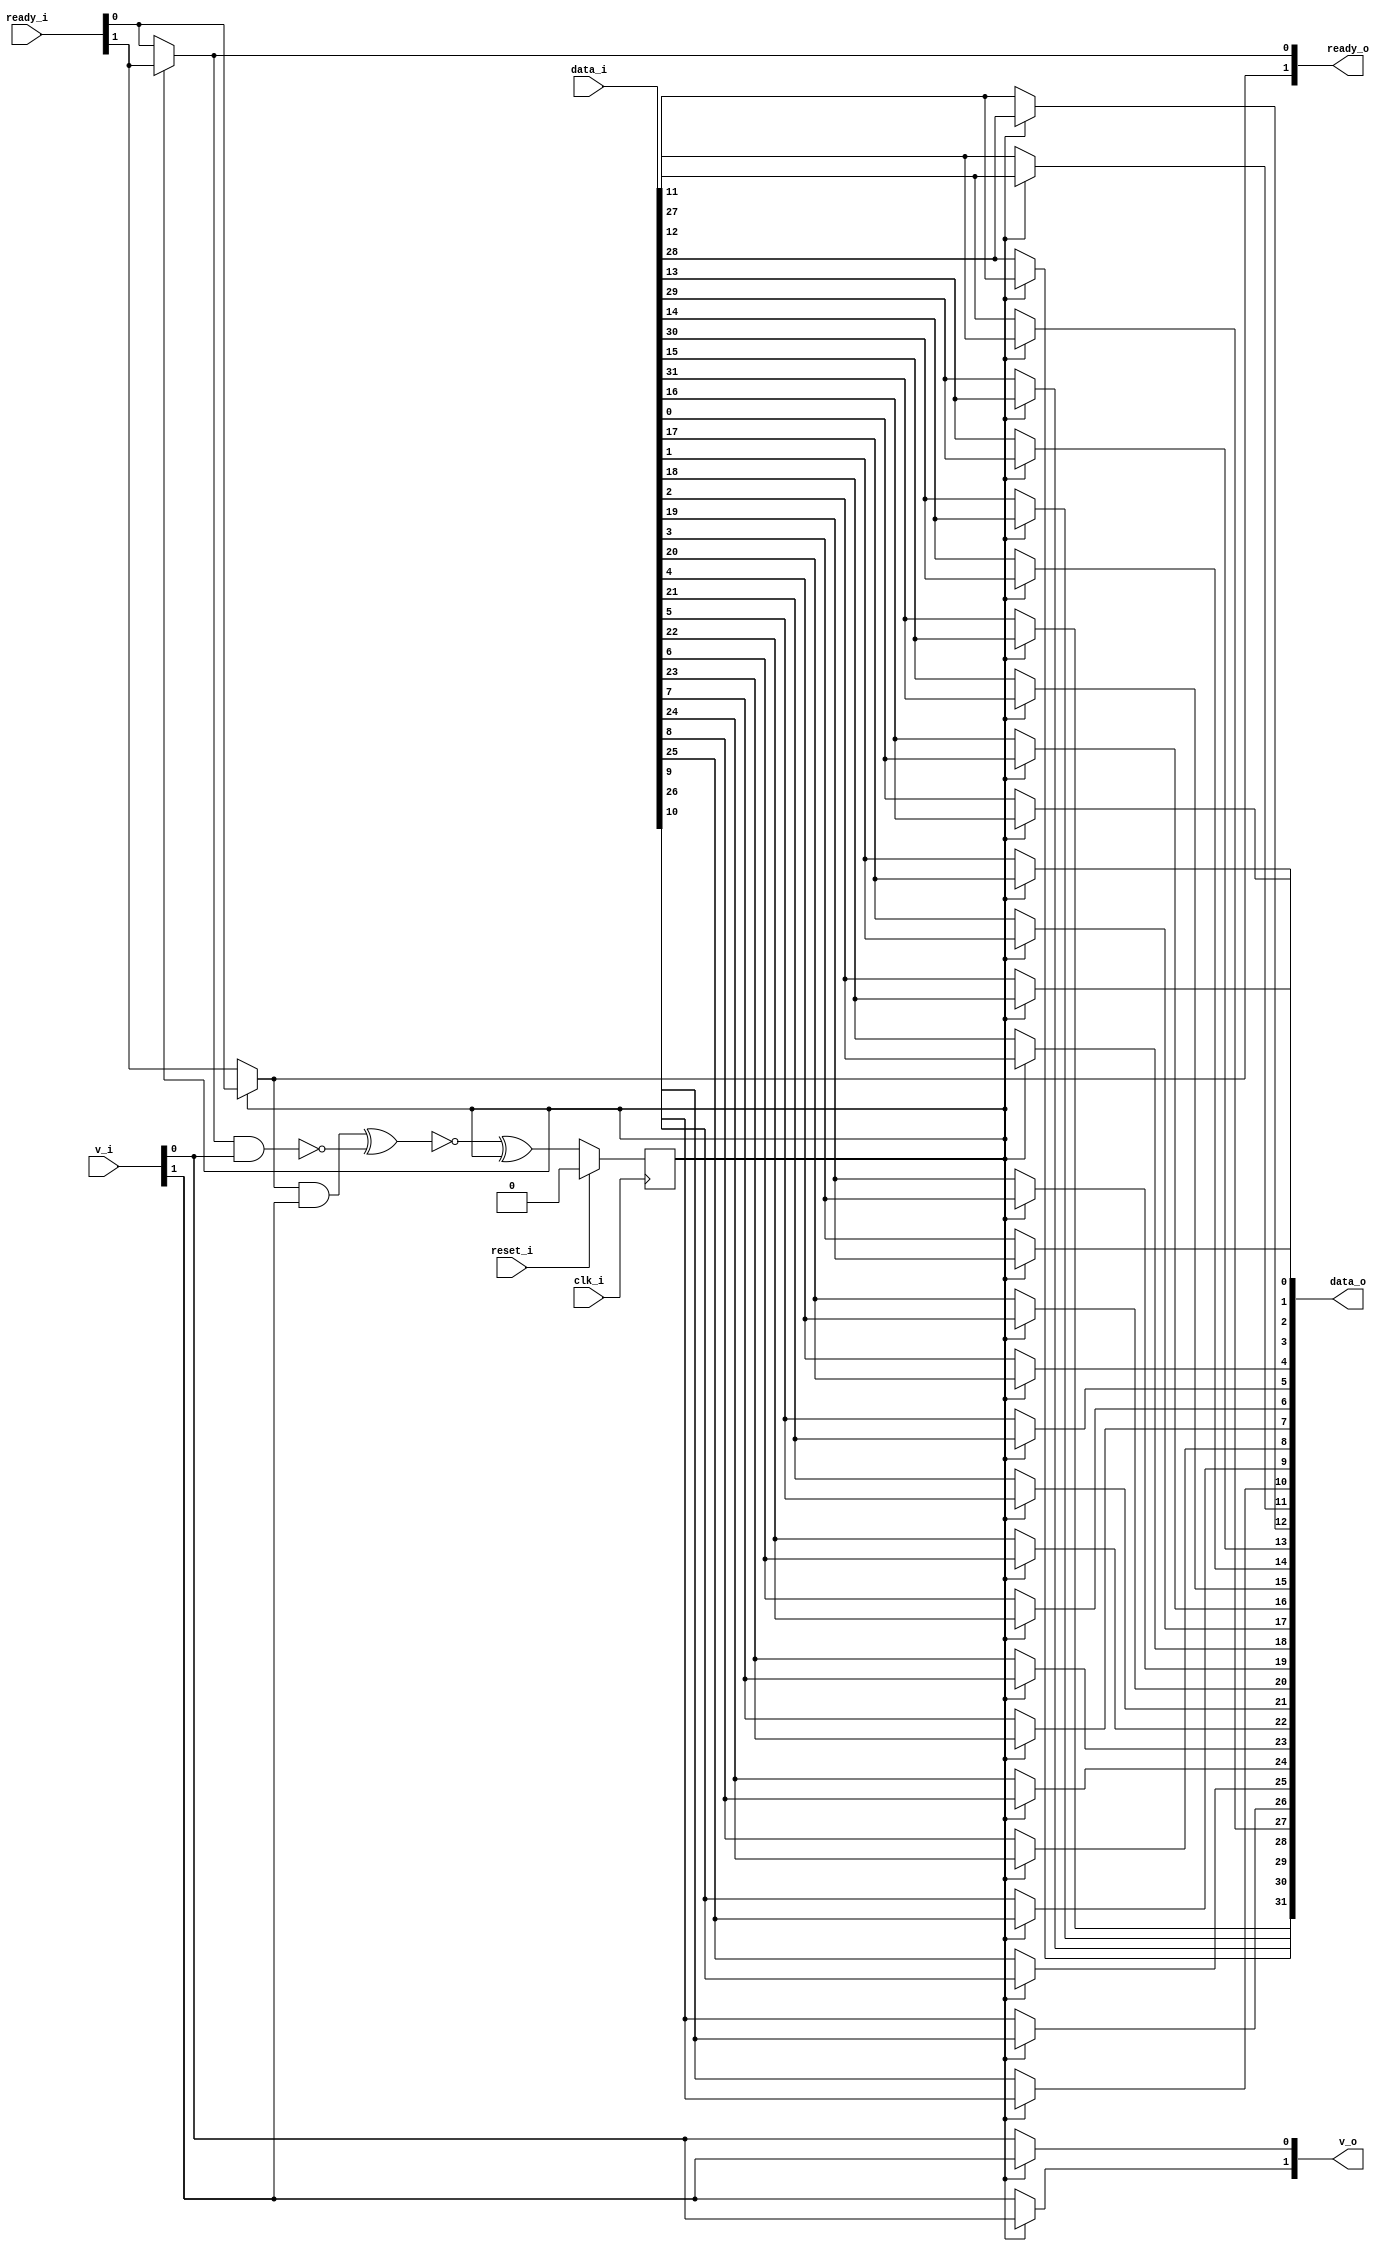
// This program was cloned from: https://github.com/chipsalliance/UHDM-integration-tests
// License: Apache License 2.0

/* Generated by Yosys 0.27+9 (git sha1 101d19bb6, gcc 11.2.0-7ubuntu2 -fPIC -Os) */

(* top =  1  *)

module bsg_round_robin_2_to_2(clk_i, reset_i, data_i, v_i, ready_o, data_o, v_o, ready_i);
  wire _00_;
  wire _01_;
  wire _02_;
  
  wire _03_;
  
  input clk_i;
  wire clk_i;
  
  input [31:0] data_i;
  wire [31:0] data_i;
  
  output [31:0] data_o;
  wire [31:0] data_o;
  
  reg head_r;
  
  input [1:0] ready_i;
  wire [1:0] ready_i;
  
  output [1:0] ready_o;
  wire [1:0] ready_o;
  
  input reset_i;
  wire reset_i;
  
  input [1:0] v_i;
  wire [1:0] v_i;
  
  output [1:0] v_o;
  wire [1:0] v_o;
  assign ready_o[0] = head_r ? ready_i[1] : ready_i[0];
  assign _00_ = ~(ready_o[0] & v_i[0]);
  assign ready_o[1] = head_r ? ready_i[0] : ready_i[1];
  assign _01_ = ready_o[1] & v_i[1];
  assign _02_ = ~(_01_ ^ _00_);
  assign _03_ = _02_ ^ head_r;
  assign data_o[11] = head_r ? data_i[27] : data_i[11];
  assign data_o[12] = head_r ? data_i[28] : data_i[12];
  assign data_o[13] = head_r ? data_i[29] : data_i[13];
  assign data_o[14] = head_r ? data_i[30] : data_i[14];
  assign data_o[15] = head_r ? data_i[31] : data_i[15];
  assign data_o[16] = head_r ? data_i[0] : data_i[16];
  assign data_o[17] = head_r ? data_i[1] : data_i[17];
  assign data_o[18] = head_r ? data_i[2] : data_i[18];
  assign data_o[19] = head_r ? data_i[3] : data_i[19];
  assign data_o[20] = head_r ? data_i[4] : data_i[20];
  assign data_o[21] = head_r ? data_i[5] : data_i[21];
  assign data_o[22] = head_r ? data_i[6] : data_i[22];
  assign data_o[23] = head_r ? data_i[7] : data_i[23];
  assign data_o[24] = head_r ? data_i[8] : data_i[24];
  assign data_o[25] = head_r ? data_i[9] : data_i[25];
  assign data_o[26] = head_r ? data_i[10] : data_i[26];
  assign data_o[27] = head_r ? data_i[11] : data_i[27];
  assign data_o[28] = head_r ? data_i[12] : data_i[28];
  assign data_o[29] = head_r ? data_i[13] : data_i[29];
  assign data_o[30] = head_r ? data_i[14] : data_i[30];
  assign data_o[31] = head_r ? data_i[15] : data_i[31];
  assign v_o[0] = head_r ? v_i[1] : v_i[0];
  assign v_o[1] = head_r ? v_i[0] : v_i[1];
  assign data_o[0] = head_r ? data_i[16] : data_i[0];
  assign data_o[1] = head_r ? data_i[17] : data_i[1];
  assign data_o[2] = head_r ? data_i[18] : data_i[2];
  assign data_o[3] = head_r ? data_i[19] : data_i[3];
  assign data_o[4] = head_r ? data_i[20] : data_i[4];
  assign data_o[5] = head_r ? data_i[21] : data_i[5];
  assign data_o[6] = head_r ? data_i[22] : data_i[6];
  assign data_o[7] = head_r ? data_i[23] : data_i[7];
  assign data_o[8] = head_r ? data_i[24] : data_i[8];
  assign data_o[9] = head_r ? data_i[25] : data_i[9];
  assign data_o[10] = head_r ? data_i[26] : data_i[10];
  (* \always_ff  = 32'd1 *)
  
  always @(posedge clk_i)
    if (reset_i) head_r <= 1'h0;
    else head_r <= _03_;
endmodule